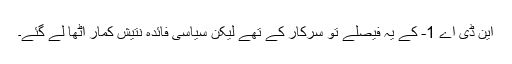
این ڈی اے 1- کے یہ فیصلے تو سرکار کے تھے لیکن سیاسی فائدہ نتیش کمار اٹھا لے گئے۔